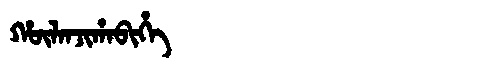
Manchu: ᡥᡡᠯᠠᠨᠵᡳᡥᠠᠪᡳᡥᡝ
Romanization: HŪLANJIHABIHE